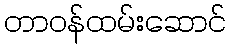
တာဝန်ထမ်းဆောင်